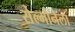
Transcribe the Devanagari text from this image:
सेल्मोनेला